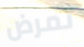
تمرض